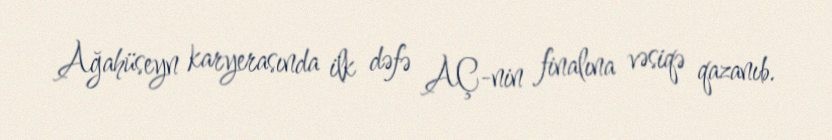
Ağahüseyn karyerasında ilk dəfə AÇ-nin finalına vəsiqə qazanıb.